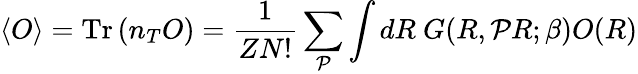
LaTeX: \langle O\rangle=\textrm{Tr}\left(n_{T}O\right)=\frac{1}{ZN!}\sum_{\mathcal{P}}\int dR\ G(R,\mathcal{P}R;\beta)O(R)